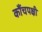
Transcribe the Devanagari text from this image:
कौंचपक्षी